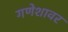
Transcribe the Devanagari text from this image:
गणेशावर